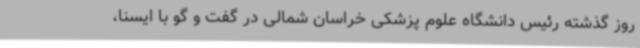
روز گذشته رئیس دانشگاه علوم پزشکی خراسان شمالی در گفت و گو با ایسنا،